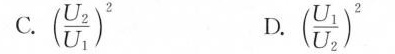
C.(\frac{U_{2}}{U_{1}})^{2} D.(\frac{U_{1}}{U_{2}})^{2}